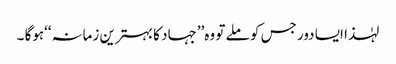
لہٰذا ایسا دور جس کو ملے تو وہ’’جہاد کا بہترین زمانہ‘‘ہوگا ۔